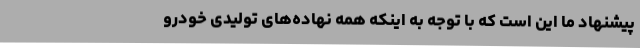
پیشنهاد ما این است که با توجه به اینکه همه نهاده‌های تولیدی خودرو